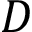
\cal D